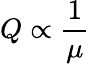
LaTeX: Q\propto\frac{1}{\mu}